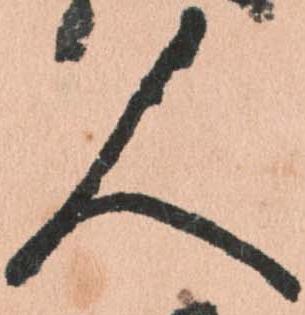
人